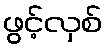
ဖွင့်လှစ်